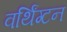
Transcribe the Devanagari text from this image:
वर्थिंग्टन